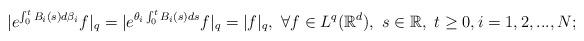
LaTeX: \begin{align*}|e^{\int_0^tB_i(s)d\beta_i}f|_q=|e^{\theta_i\int_0^tB_i(s)ds}f|_q=|f|_q,\ \forall f\in L^q(\mathbb{R}^d),\ s\in\mathbb{R},\ t\geq0, i=1,2,...,N;\end{align*}